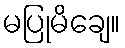
မပြုမိချေ။